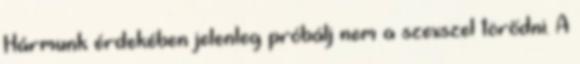
Hármunk érdekében jelenleg próbálj nem a szexszel törődni. A